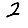
Digit: 2